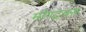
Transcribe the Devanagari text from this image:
मॉण्ट्रक्स